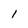
Character: l